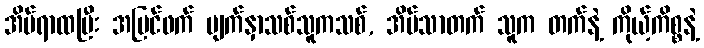
အိပ်ရာထပြီး အပြင်ဖက် မျက်နှာသစ်သူကသစ်, အိမ်သာတက် သူက တက်နဲ့ ကိုယ့်ကိစ္စနဲ့